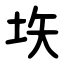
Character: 垁